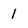
Character: 1